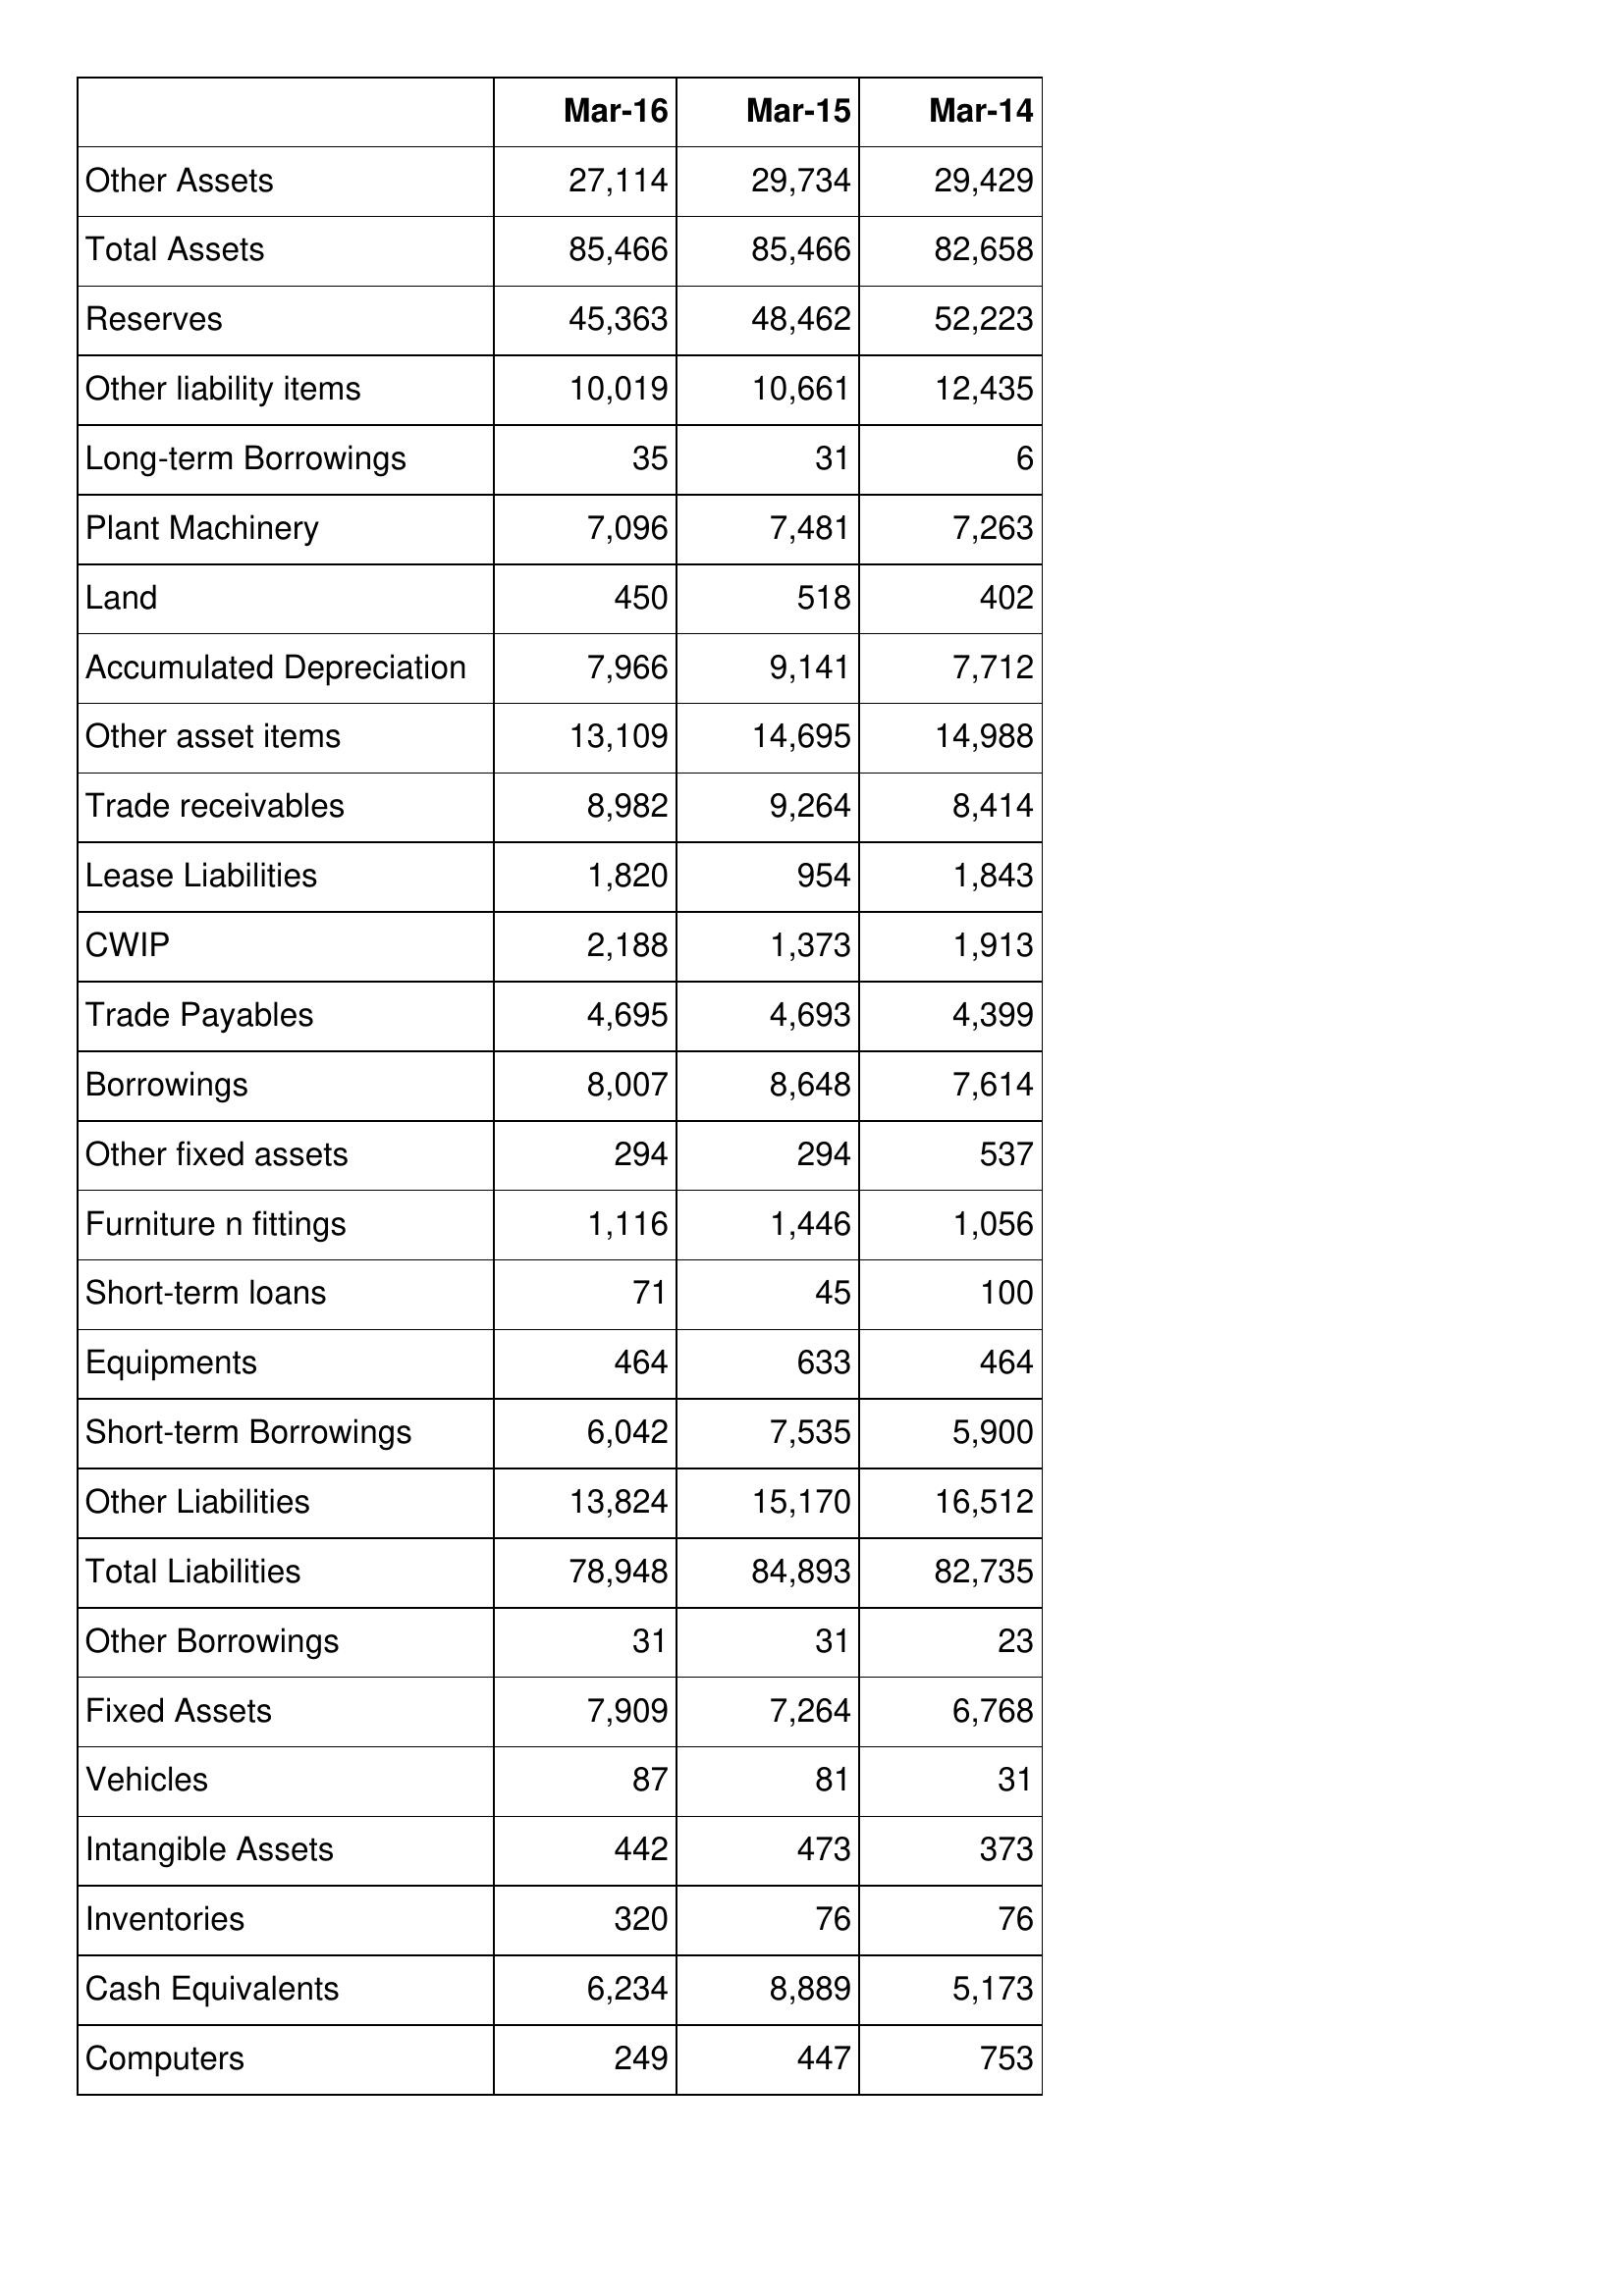
Mar-16: Balance Sheet: Other Assets: 27,114
Total Assets: 85,466
Reserves: 45,363
Other liability items: 10,019
Long-term Borrowings: 35
Plant Machinery: 7,096
Land: 450
Accumulated Depreciation: 7,966
Other asset items: 13,109
Trade receivables: 8,982
Lease Liabilities: 1,820
CWIP: 2,188
Trade Payables: 4,695
Borrowings: 8,007
Other fixed assets: 294
Furniture n fittings: 1,116
Short-term loans: 71
Equipments: 464
Short-term Borrowings: 6,042
Other Liabilities: 13,824
Total Liabilities: 78,948
Other Borrowings: 31
Fixed Assets: 7,909
Vehicles: 87
Intangible Assets: 442
Inventories: 320
Cash Equivalents: 6,234
Computers: 249
Mar-15: Balance Sheet: Other Assets: 29,734
Total Assets: 85,466
Reserves: 48,462
Other liability items: 10,661
Long-term Borrowings: 31
Plant Machinery: 7,481
Land: 518
Accumulated Depreciation: 9,141
Other asset items: 14,695
Trade receivables: 9,264
Lease Liabilities: 954
CWIP: 1,373
Trade Payables: 4,693
Borrowings: 8,648
Other fixed assets: 294
Furniture n fittings: 1,446
Short-term loans: 45
Equipments: 633
Short-term Borrowings: 7,535
Other Liabilities: 15,170
Total Liabilities: 84,893
Other Borrowings: 31
Fixed Assets: 7,264
Vehicles: 81
Intangible Assets: 473
Inventories: 76
Cash Equivalents: 8,889
Computers: 447
Mar-14: Balance Sheet: Other Assets: 29,429
Total Assets: 82,658
Reserves: 52,223
Other liability items: 12,435
Long-term Borrowings: 6
Plant Machinery: 7,263
Land: 402
Accumulated Depreciation: 7,712
Other asset items: 14,988
Trade receivables: 8,414
Lease Liabilities: 1,843
CWIP: 1,913
Trade Payables: 4,399
Borrowings: 7,614
Other fixed assets: 537
Furniture n fittings: 1,056
Short-term loans: 100
Equipments: 464
Short-term Borrowings: 5,900
Other Liabilities: 16,512
Total Liabilities: 82,735
Other Borrowings: 23
Fixed Assets: 6,768
Vehicles: 31
Intangible Assets: 373
Inventories: 76
Cash Equivalents: 5,173
Computers: 753